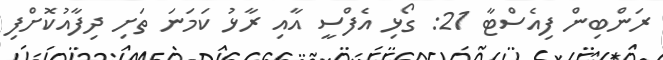
ރަންބިން ފިއެސްޓާ 21: ގޯޅި އެފްސީ އާއި ރާޅު ކަމަނަ ތަށި ދިފާއުކޮށްފި